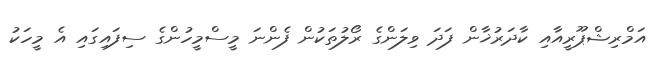
އަމްރިޝްޕޫރީއާއި ކާދަރުޚާން ފަދަ ވިލަންގެ ރޯލުތަކުން ފެންނަ މީސްމީހުންގެ ސިފައިގައި އެ މީހަކު